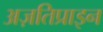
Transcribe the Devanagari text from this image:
अज़तिप्राइन